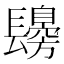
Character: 𨲾